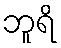
ဘူရိ